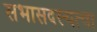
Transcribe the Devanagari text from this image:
सभासदस्यत्वा